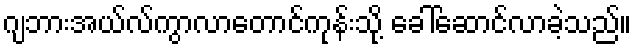
ဂျဘားအယ်လ်ကွာလာတောင်ကုန်းသို့ ခေါ်ဆောင်လာခဲ့သည်။